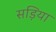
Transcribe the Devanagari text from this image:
सड़िया